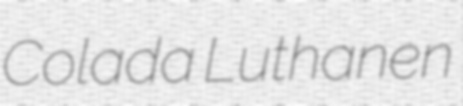
Colada Luthanen